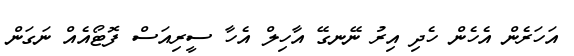
އަހަރެން އެހެން ހެދި އިރު ނޭނގޭ އާހިލް އެހާ ސީރިއަސް ފޮޓޯއެއް ނަގަން